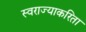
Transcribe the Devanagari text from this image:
स्वराज्याकरिता